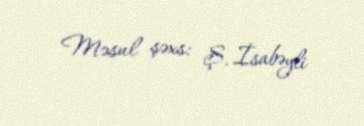
Məsul şəxs: Ş. İsabəyli